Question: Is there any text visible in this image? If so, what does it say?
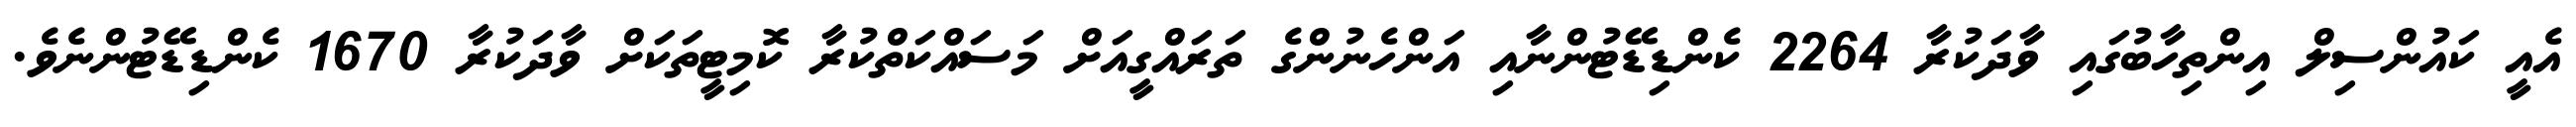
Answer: އެއީ ކައުންސިލް އިންތިހާބުގައި ވާދަކުރާ 2264 ކެންޑިޑޭޓުންނާއި އަންހެނުންގެ ތަރައްގީއަށް މަސައްކަތްކުރާ ކޮމިޓީތަކަށް ވާދަކުރާ 1670 ކެންޑިޑޭޓުންނެވެ.